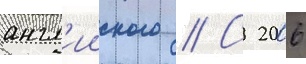
англ'ииского // С 2006